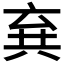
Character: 𠔚